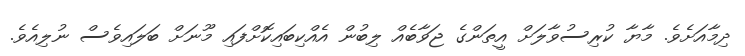
ދިމާއަށެވެ. މާޔާ ކުރިސުވާލަށް އީތަންގެ ޖަވާބެއް ލިބުން އެއްކިބައިކޮށްފައި މޫނަށް ބަލައިވެސް ނުލިއެވެ.